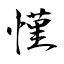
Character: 慬